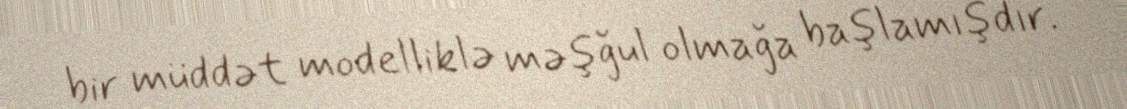
bir müddət modelliklə məşğul olmağa başlamışdır.